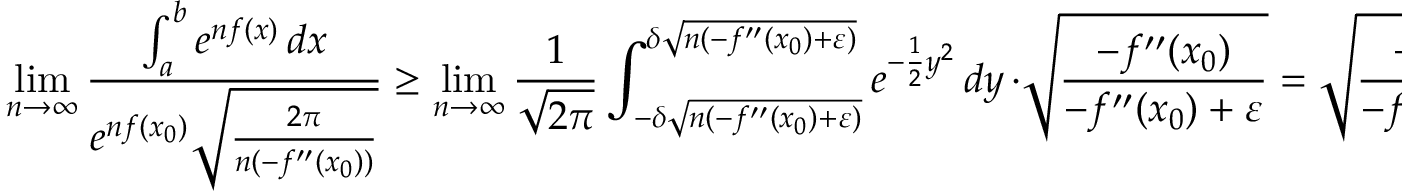
\operatorname* { l i m } _ { n \to \infty } { \frac { \int _ { a } ^ { b } e ^ { n f ( x ) } \, d x } { e ^ { n f ( x _ { 0 } ) } { \sqrt { \frac { 2 \pi } { n ( - f ^ { \prime \prime } ( x _ { 0 } ) ) } } } } } \geq \operatorname* { l i m } _ { n \to \infty } { \frac { 1 } { \sqrt { 2 \pi } } } \int _ { - \delta { \sqrt { n ( - f ^ { \prime \prime } ( x _ { 0 } ) + \varepsilon ) } } } ^ { \delta { \sqrt { n ( - f ^ { \prime \prime } ( x _ { 0 } ) + \varepsilon ) } } } e ^ { - { \frac { 1 } { 2 } } y ^ { 2 } } \, d y \, \cdot { \sqrt { \frac { - f ^ { \prime \prime } ( x _ { 0 } ) } { - f ^ { \prime \prime } ( x _ { 0 } ) + \varepsilon } } } = { \sqrt { \frac { - f ^ { \prime \prime } ( x _ { 0 } ) } { - f ^ { \prime \prime } ( x _ { 0 } ) + \varepsilon } } }